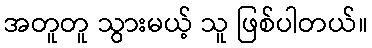
အတူတူ သွားမယ့် သူ ဖြစ်ပါတယ်။